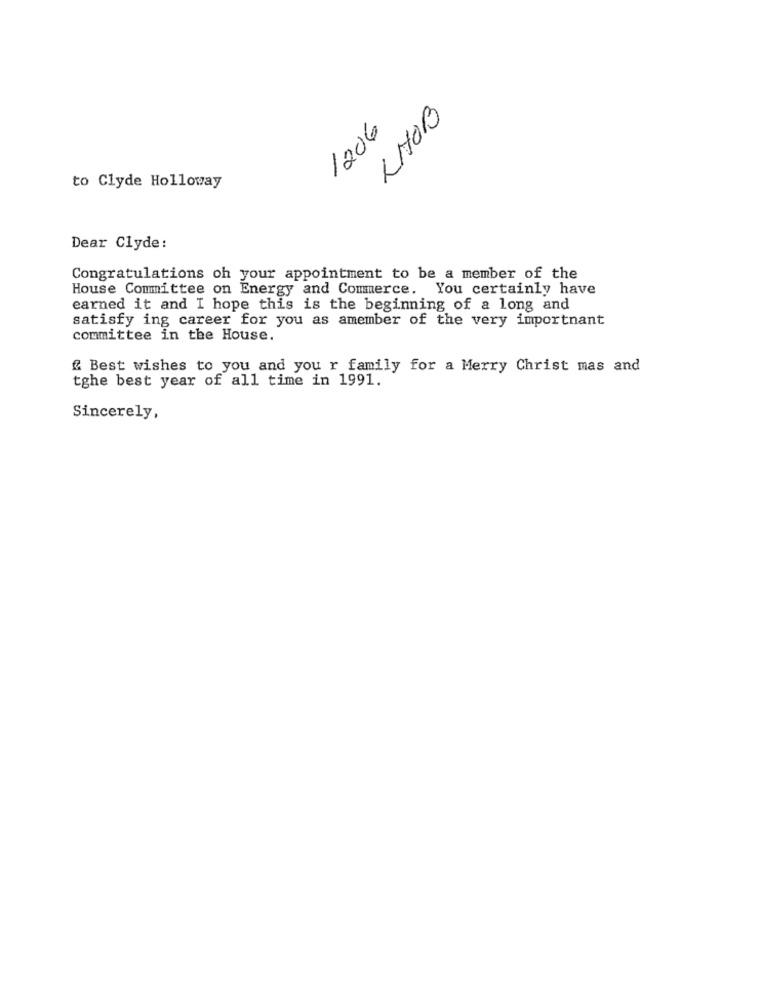
LHOB
1206
to Clyde Holloway
Dear Clyde:
Congratulations oh your appointment to be a member of the
House Committee on Energy and Commerce. You certainly have
earned it and I hope this is the beginning of a long and
satisfy ing career for you as amember of the very important
committee in the House.
@ Best wishes to you and you r family for a Merry Christ mas and
tghe best year of all time in 1991.
Sincerely,